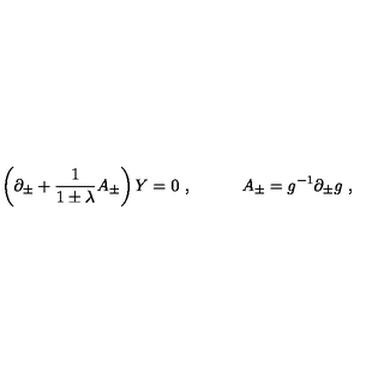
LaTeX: \left( \partial _ { \pm } + { \frac { 1 } { 1 \pm \lambda } } A _ { \pm } \right) Y = 0 \ , \quad \quad \quad A _ { \pm } = g ^ { - 1 } \partial _ { \pm } g \ ,